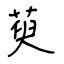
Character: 萸